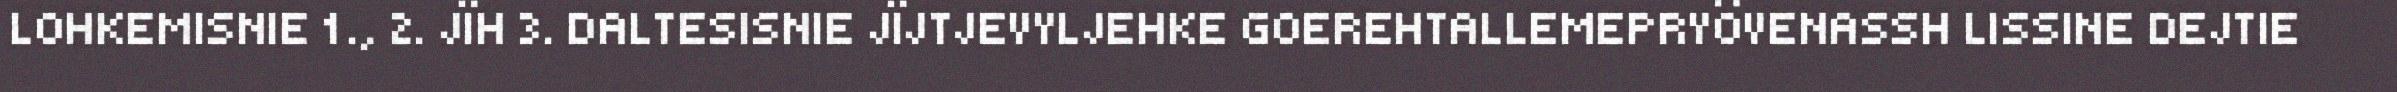
LOHKEMISNIE 1., 2. JÏH 3. DALTESISNIE JÏJTJEVYLJEHKE GOEREHTALLEMEPRYÖVENASSH LISSINE DEJTIE